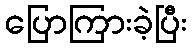
ပြောကြားခဲ့ပြီး